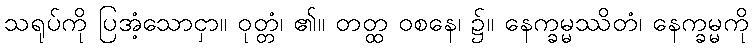
သရုပ်ကို ပြအံ့သောငှာ။ ဝုတ္တံ၊ ၏။ တတ္ထ ဝစနေ၊ ၌။ နေက္ခမ္မဿိတံ၊ နေက္ခမ္မကို